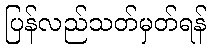
ပြန်လည်သတ်မှတ်ရန်